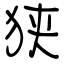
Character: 狭